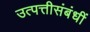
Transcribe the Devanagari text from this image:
उत्पत्तीसंबंधीं